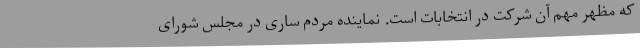
که مظهر مهم‌ آن شرکت در انتخابات است. نماینده مردم ساری در مجلس شورای